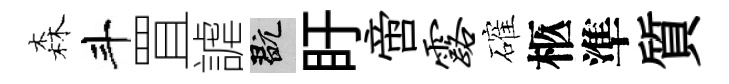
森斗罝謔玩盱啻露確柩準質